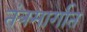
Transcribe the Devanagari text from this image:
तंत्रमार्गात